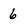
Character: 6